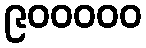
၉၀၀၀၀၀